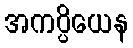
အကပ္ပိယေန